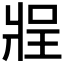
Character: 𰠔